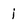
Character: j